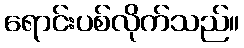
ရောင်းပစ်လိုက်သည်။